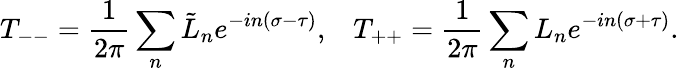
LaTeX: T_{--}=\frac{1}{2\pi}\sum_{n}\tilde{L}_{n}e^{-in(\sigma-\tau)},\; \; \; T_{++}=\frac{1}{2\pi}\sum_{n}L_{n}e^{-in(\sigma+\tau)}.